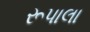
રૂપાલા